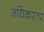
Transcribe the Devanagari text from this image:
अधिकरतर